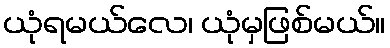
ယုံရမယ်လေ၊ ယုံမှဖြစ်မယ်။